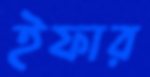
ইফার